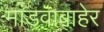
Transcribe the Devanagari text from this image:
मांडवाबाहेर